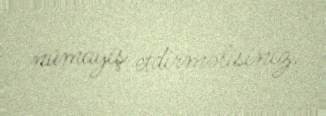
nümayiş etdirməlisiniz.